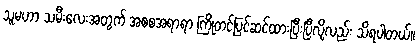
သူမဟာ သမီးလေးအတွက် အစစအရာရာ ကြိုတင်ပြင်ဆင်ထားပြီးပြီလို့လည်း သိရပါတယ်။